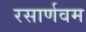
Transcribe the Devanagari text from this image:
रसार्णवम